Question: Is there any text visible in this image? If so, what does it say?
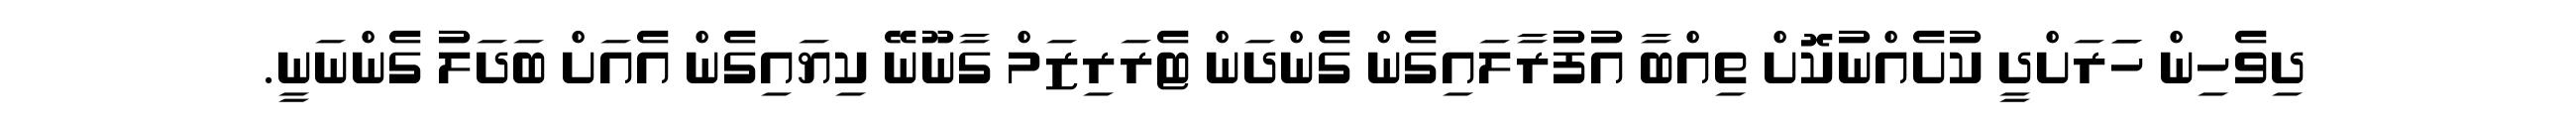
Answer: ދިވެހިން ހަަރަށްދީ ކުށެއްނުކޮށް ތިއްބާ އުފުރާލައިގެން ގެންދަން ޓެރަރިޒަމް ގާނޫނޭ ކިޔައިގެން އެއަށް ބަދަލު ގެންނަނީ.